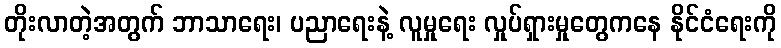
တိုးလာတဲ့အတွက် ဘာသာရေး၊ ပညာရေးနဲ့ လူမှုရေး လှုပ်ရှားမှုတွေကနေ နိုင်ငံရေးကို